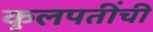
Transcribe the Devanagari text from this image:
कुलपतींची